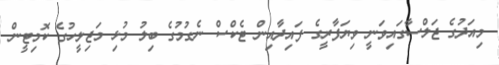
މިއަދުގެ ޖަލްސާގައިވަނީ ވިޔަފާރީގެ ފައިދާއިން ޓެކްސް ނެގުމުގެ ބިލު މުޅި މަޖިލީހުގެ ކޮމިޓީން